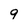
Character: g